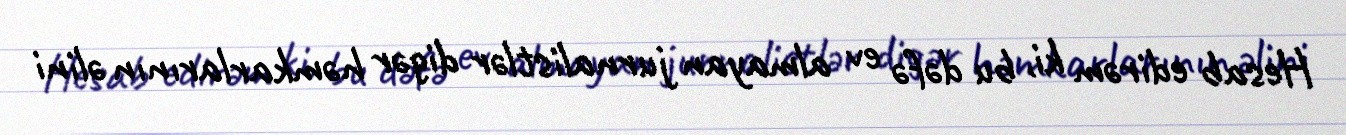
Hesab edirəm ki, bu dəfə ev almayan jurnalistlər digər həmkarlarının əlini